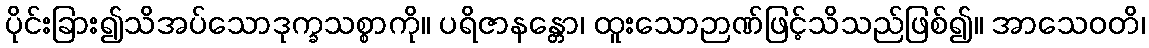
ပိုင်းခြား၍သိအပ်သောဒုက္ခသစ္စာကို။ ပရိဇာနန္တော၊ ထူးသောဉာဏ်ဖြင့်သိသည်ဖြစ်၍။ အာသေဝတိ၊